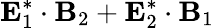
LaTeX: {\mathbf E}_{1}^{*}\cdot{\mathbf B}_{2}+{\mathbf E}_{2}^{*}\cdot{\mathbf B}_{1}